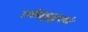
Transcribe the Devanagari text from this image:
तर्कशुद्धपणे